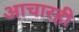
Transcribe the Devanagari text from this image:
आचारही